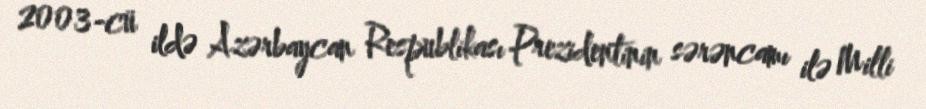
2003-cü ildə Azərbaycan Respublikası Prezidentinin sərəncamı ilə Milli